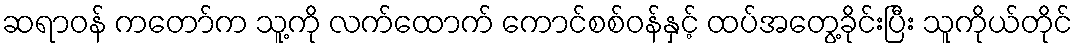
ဆရာဝန် ကတော်က သူ့ကို လက်ထောက် ကောင်စစ်ဝန်နှင့် ထပ်အတွေ့ခိုင်းပြီး သူကိုယ်တိုင်